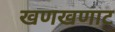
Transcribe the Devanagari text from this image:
खणखणाट